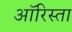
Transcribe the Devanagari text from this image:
ऑरिस्ता